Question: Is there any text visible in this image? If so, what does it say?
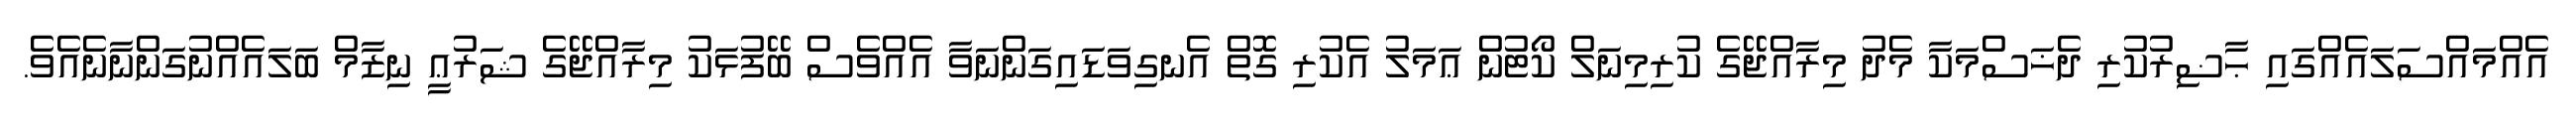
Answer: އެއްމައްސަލައެއްގައި ޙާޟިރުކުރި ދެޚަސްމަކާ މެދު މިރާއްޖޭގެ ކުރިމިނަލް ކޯޓުން ޢަމަލު އެކުރި ގޮތް އެނގިވަޑައިގަންނަވާ އެއްވެސް ބޭފުޅަކު މިރާއްޖޭގެ ޝަރުޢީ ނިޒާމް ބަލައެއްނުގަންނާނެއެވެ.